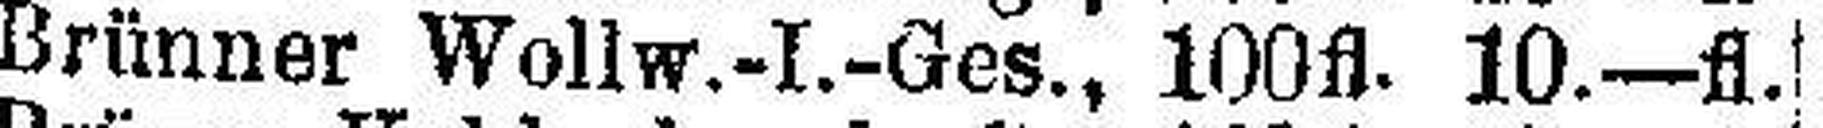
Brünner Wollw.-I.-Ges., 100fl. 10.—fl.